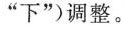
”下”)调整。